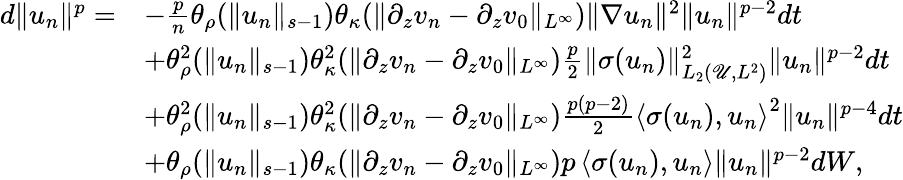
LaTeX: \begin{array}{rl}{d\| u_{n}\| ^{p}=}&{-\frac pn\theta_{\rho}(\| u_{n}\| _{s-1})\theta_{\kappa}(\| \partial_{z}v_{n}-\partial_{z}v_{0}\| _{L^{\infty}})\| \nabla u_{n}\| ^{2}\| u_{n}\| ^{p-2}dt}\\ &{+\theta_{\rho}^{2}(\| u_{n}\| _{s-1})\theta_{\kappa}^{2}(\| \partial_{z}v_{n}-\partial_{z}v_{0}\| _{L^{\infty}})\frac p2\| \sigma(u_{n})\| _{L_{2}(\mathscr U,L^{2})}^{2}\| u_{n}\| ^{p-2}dt}\\ &{+\theta_{\rho}^{2}(\| u_{n}\| _{s-1})\theta_{\kappa}^{2}(\| \partial_{z}v_{n}-\partial_{z}v_{0}\| _{L^{\infty}})\frac{p(p-2)}{2}\left\langle\sigma(u_{n}),u_{n}\right\rangle^{2}\| u_{n}\| ^{p-4}dt}\\ &{+\theta_{\rho}(\| u_{n}\| _{s-1})\theta_{\kappa}(\| \partial_{z}v_{n}-\partial_{z}v_{0}\| _{L^{\infty}})p\left\langle\sigma(u_{n}),u_{n}\right\rangle\| u_{n}\| ^{p-2}dW,}\end{array}